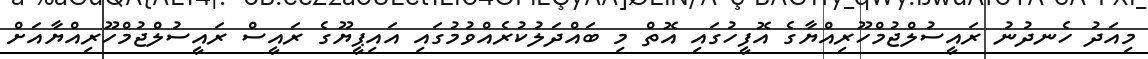
މިއަދު ހެނދުނު ރައީސުލްޖުމްހޫރިއްޔާގެ އޮފީހުގައި އޮތް މި ބައްދަލުކުރެއްވުމުގައި އައިޕީޔޫގެ ރައީސް ރައީސުލްޖުމްހޫރިއްޔާއަށް